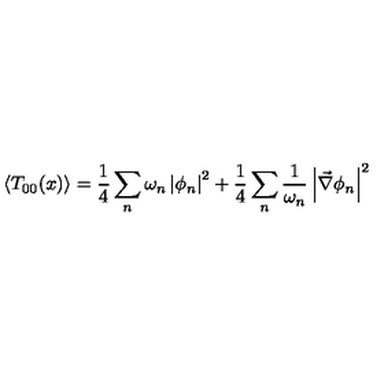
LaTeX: \left\langle T _ { 0 0 } ( x ) \right\rangle = \frac { 1 } { 4 } \sum _ { n } \omega _ { n } \left| \phi _ { n } \right| ^ { 2 } + \frac { 1 } { 4 } \sum _ { n } \frac { 1 } { \omega _ { n } } \left| \vec { \nabla } \phi _ { n } \right| ^ { 2 }